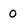
Character: 0